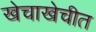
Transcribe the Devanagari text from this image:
खेचाखेचीत